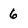
Character: 6